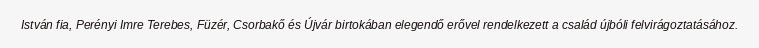
István fia, Perényi Imre Terebes, Füzér, Csorbakő és Újvár birtokában elegendő erővel rendelkezett a család újbóli felvirágoztatásához.